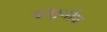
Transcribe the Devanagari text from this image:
वांछ्नीय